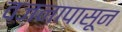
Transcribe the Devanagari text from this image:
वजनापासून